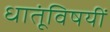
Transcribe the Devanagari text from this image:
धातूंविषयीं